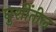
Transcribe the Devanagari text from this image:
घुशींतील